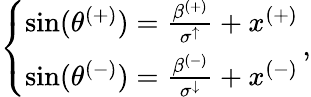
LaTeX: \begin{array}{r}{\left\{ \begin{array}{ll}{\sin(\theta^{(+)})=\frac{\beta^{(+)}}{\sigma^{\uparrow}}+x^{(+)}}\\ {\sin(\theta^{(-)})=\frac{\beta^{(-)}}{\sigma^{\downarrow}}+x^{(-)}}\end{array}\right.\, ,}\end{array}